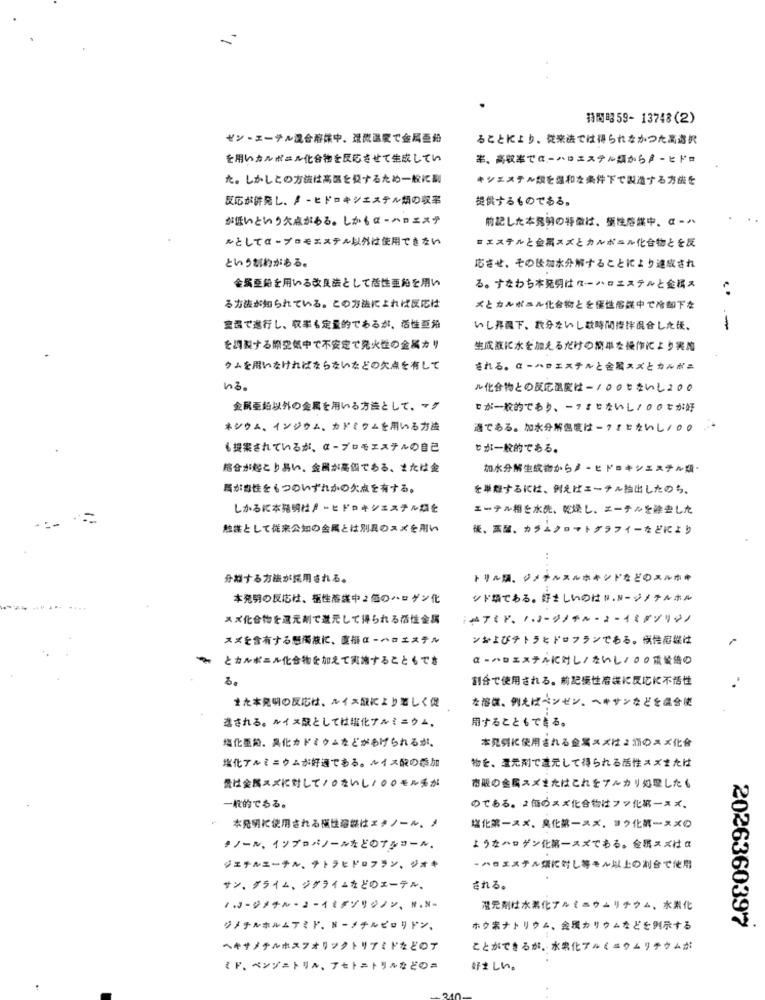
特間昭59- 13748(2)
ゼン·エーテル混合溶雄中。還問區変で金属画船
ることにより、従来法では得られなかつた高處択
を用いカルボール化合物を反応させて生成してい
率、高收率でミーハリエステル類からアーヒドロ
た。しかしこの方法は高選を発するため一般に副
キシェステル類を混和を条件下で製造する方法を
反応が併発し、アーヒドロキシエステル類の収率
提供するものである。
が低いという欠点がある。しかもα-ハロエステ
前記した本発射の特徴は、葉性溶媒中、α-^
ルとしてα-プロモエステム以外は使用できない
■エステルと金属スズとカルボニル化合物とを反
というか約がある。
応させ、その後加水分解することにより達成され
金属亞船を用いる改良法として活性亜鉛を用い
る。すなわち本発明はローハロエステルと金属え
る方法が知られている。この方法によれば反応は
メとカルポニル化合物とを優性溶践中で冷却下な
鬼混で進行し、収率も定量的であるが、活性亞発
いし昇龍下、数分ないし数時間攪拌混合した後、
を調製する際空気中で不安定で発火性の金属カリ
生成護に水を加えるだけの簡単な操作により実施
ウムを用いなければならないなどの欠点を有して
される。αーハロエステルと金属スズとカんポニ
43.
ル化合物との反応速度は-100°ないし200
金属亜鉛以外の金属を用いる方法として、▼グ
ちが一般的であり、ークまじないし!0のこが好
ネシウム、インジウム、カドミウムを用いる方法
適である。加水分解熱度はークととないし/ㅇㅇ
も提案されているが、αープロモエステルの自己
じが一般的である。
綜合が起こり易い、金網が高価である、または金
加水分解生成物からノーヒドロキシエステル類·
馬が当性をもつのいずれかの欠点を有する。
を単離するには、例えばエーテル抽出したのち、
しかるに本発明社アーヒドロキシエステル類を
エーテル相を水洗、乾燥し、エーテルを除去した
触業として従来公知の金属とは別具のスズを用い
後、蒸醋、カラムノロマトグラフイーなどにより
分担する方法が採用される。
トリん顔、ジメチャスルネキシドなどのエルホホ
本発明の反応は、極性蒂業中2個のハロゲン化
シド類である。好さしいのはN.Nージメチルホル
スズ化合物を選光剤でええして帰られる活性金属
ルアミド、「·コージノチルーコーイミダゾリジノ
スズを含有する感濁液に、東福αーハロエステル
ンおよびチトラヒドロフランである。例性宿業は
-
とカルボニル化合物を加えて実施することもでき
α-ハロエステルに対し/ないし/○○重量倍の
b.
割合で使用される。前記極性宿業に反応に不悟性
を溶媒、例えばベンゼン、ヘキサンなどを混合使
また本発明の反応は、ルイス観により著しく促
用することもできる。
さされる。ルイス酸としては塩化アルミニウム、
塩化亜紀。吳化カドミウムなどがあげられるが。
本発明に使用される金属スズはこ行のミズ化會
塩化アルミニウムが好きである。ルイス酸の添加
物を、登元剤できえして得られる活性スズまたは
骨は金属スズに対して/のないし/○○モルまが
市販の金属スズまたはこれをアルカリ処理したも
一般的である。
のである。ょ価のスズ化合物はフッ化率ースズ、
本発明に使用される構性溶袋はエタノール、ノ
塩化第一スズ、臭化第一スメ、ヨウ化第一スズの
タノール、インプロパノールをどのアルコール、
よラをヘロゲン化第一スズでもる。金属スズはα
ジエチルエーテル、テトラヒドロフラン、ジオキ
·ハロエステル類に対し等そん以上の割合で使用
サン、グライム、ジグライムなどのエーテル、
される。
/·ヨージメチル·コーイミデソリジノン、N.N-
増え剤は水素化アルミニウムリチウム、水素化
2026360397
ジノテルホルムアミド、Nーメチルピロリドン、
ホウまナトリウム、金属カリウムをどを例示する
ヘキサノテルホスフォリックトリアミドなどのア
ことができるが、水果化アルミニウムリチウムが
ミド、ベンゾニトリル、アセトニトリルなどのミ
好ましい。